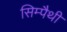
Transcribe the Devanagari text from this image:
सिम्पैथी